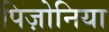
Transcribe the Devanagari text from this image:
पिज़ोनिया